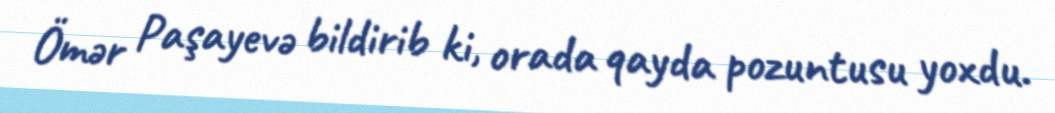
Ömər Paşayevə bildirib ki, orada qayda pozuntusu yoxdu.